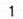
1